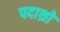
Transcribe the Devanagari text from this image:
पदाथ्रो